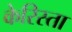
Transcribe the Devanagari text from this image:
केरिस्ता